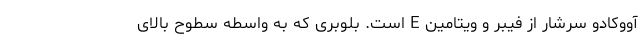
آووکادو سرشار از فیبر و ویتامین E است. بلوبری که به واسطه سطوح بالای